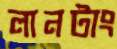
লানটাং